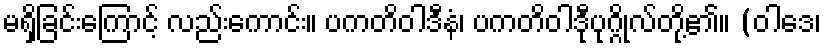
မရှိခြင်းကြောင့် လည်းကောင်း။ ပကတိဝါဒီနံ၊ ပကတိဝါဒီုပုဂ္ဂိုလ်တို့၏။ (ဝါဒေ၊